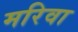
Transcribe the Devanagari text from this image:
मरिवा